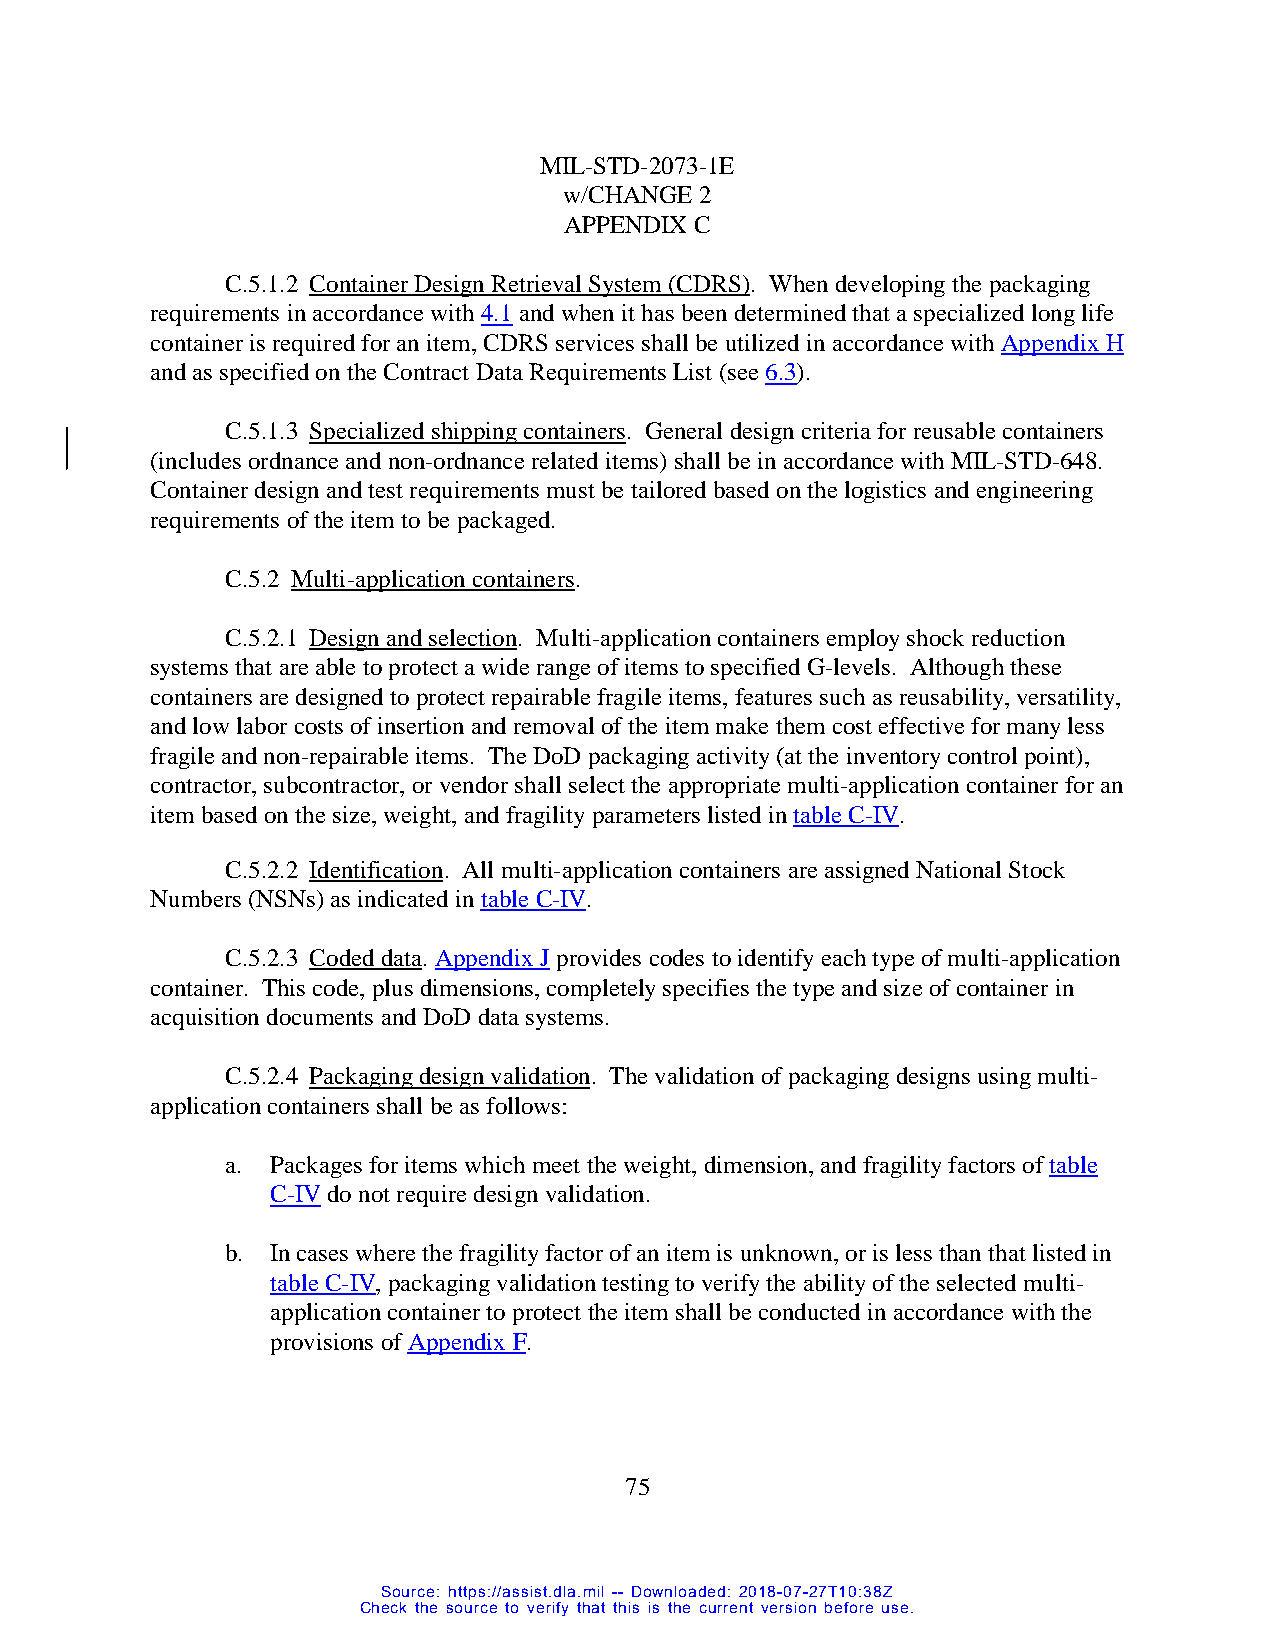
MIL-STD-2073-1E
 w/CHANGE 2
 APPENDIX C
 C.5.1.2 Container Design Retrieval System (CDRS). When developing the packaging
 requirements in accordance with 4.1 and when it has been determined that a specialized long life
 container is required for an item, CDRS services shall be utilized in accordance with Appendix H
 and as specified on the Contract Data Requirements List (see 6.3).
 C.5.1.3 Specialized shipping containers. General design criteria for reusable containers
 (includes ordnance and non-ordnance related items) shall be in accordance with MIL-STD-648.
 Container design and test requirements must be tailored based on the logistics and engineering
 requirements of the item to be packaged.
 C.5.2 Multi-application containers.
 C.5.2.1 Design and selection. Multi-application containers employ shock reduction
 systems that are able to protect a wide range of items to specified G-levels. Although these
 containers are designed to protect repairable fragile items, features such as reusability, versatility,
 and low labor costs of insertion and removal of the item make them cost effective for many less
 fragile and non-repairable items. The DoD packaging activity (at the inventory control point),
 contractor, subcontractor, or vendor shall select the appropriate multi-application container for an
 item based on the size, weight, and fragility parameters listed in table C-IV.
 C.5.2.2 Identification. All multi-application containers are assigned National Stock
 Numbers (NSNs) as indicated in table C-IV.
 C.5.2.3 Coded data. Appendix J provides codes to identify each type of multi-application
 container. This code, plus dimensions, completely specifies the type and size of container in
 acquisition documents and DoD data systems.
 C.5.2.4 Packaging design validation. The validation of packaging designs using multi-
 application containers shall be as follows:
 a. Packages for items which meet the weight, dimension, and fragility factors of table
 C-IV do not require design validation.
 b. In cases where the fragility factor of an item is unknown, or is less than that listed in
 table C-IV, packaging validation testing to verify the ability of the selected multi-
 application container to protect the item shall be conducted in accordance with the
 provisions of Appendix F.
 75
 Source: https://assist.dla.mil -- Downloaded: 2018-07-27T10:38Z
 Check the source to verify that this is the current version before use.